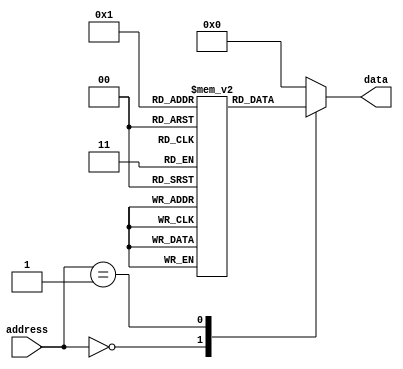
module rom (
    input [7:0] address,
    output [7:0] data
);

reg [7:0] memory [0:255];

always @(*) begin
    case (address)
        8'h00: data = memory[0];
        8'h01: data = memory[1];
        // Add cases for all addresses from 0 to 255
        default: data = 8'h00; // Default to 0 if address is out of range
    endcase
end

endmodule